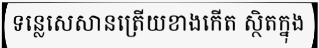
ទន្លេសេសានត្រើយខាងកើត ស្ថិតក្នុង